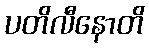
ပတိလီနောတိ